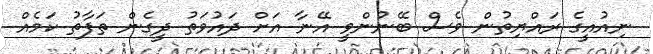
ނިއުއީގެ ރައްޔިތުން ވެސް ބޭނުންވީ އޭނާ އަށް ދައުވަތު ދީގެން ތަފާތު ކަމެއް